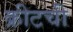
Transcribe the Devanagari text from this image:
क्रीटची